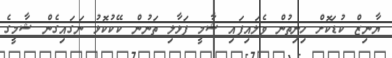
ޔާނިޒް ކުޑަކޮށް ހިނިތުން ވެލައިފައި ޝާމީ ފަޅާލި ތަނުން ކޭކުކޮޅު ނަގައިގެން ޝާމީގެ